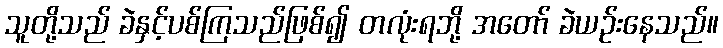
သူတို့သည် ခဲနှင့်ပစ်ကြသည်ဖြစ်၍ တလုံးရဘို့ အတော် ခဲယဉ်းနေသည်။